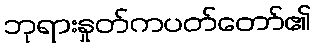
ဘုရားနှုတ်ကပတ်တော်၏